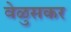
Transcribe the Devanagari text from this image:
वेळुसकर